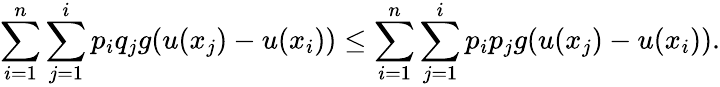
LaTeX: \sum_{i=1}^{n}\sum_{j=1}^{i}p_{i}q_{j}g(u(x_{j})-u(x_{i}))\leq\sum_{i=1}^{n}\sum_{j=1}^{i}p_{i}p_{j}g(u(x_{j})-u(x_{i})).